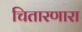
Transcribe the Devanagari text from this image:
चितारणारा